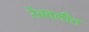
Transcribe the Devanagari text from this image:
रेंबवलीत